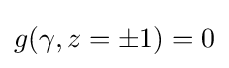
g(\gamma ,z=\pm 1)=0